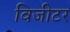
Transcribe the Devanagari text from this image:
विजीटर